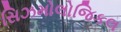
સિઝમોલોજિકલ